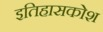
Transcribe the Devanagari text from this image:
इतिहासकोश